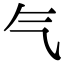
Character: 气